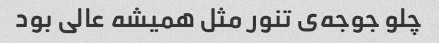
چلو جوجه‌ی تنور مثل همیشه عالی بود